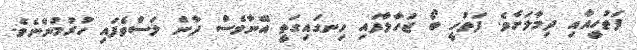
ފަތުހީއާއި ދިމާލަށެވެ. ފަތުހީ ބޯ ޖަހާލާފައި ހިނގައިގަތީ އޭނާވެސް ދާން ލަސްވެފައި ހުރުމުންނެވެ.